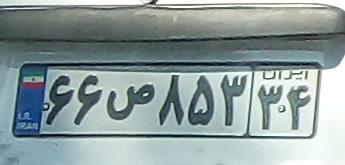
۶۶ص۸۵۲۳۴